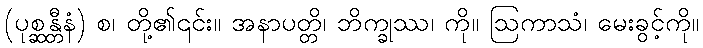
(ပုစ္ဆန္တီနံ) စ၊ တို့၏၎င်း။ အနာပတ္တိ၊ ဘိက္ခုဿ၊ ကို။ ဩကာသံ၊ မေးခွင့်ကို။